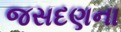
જસદણના